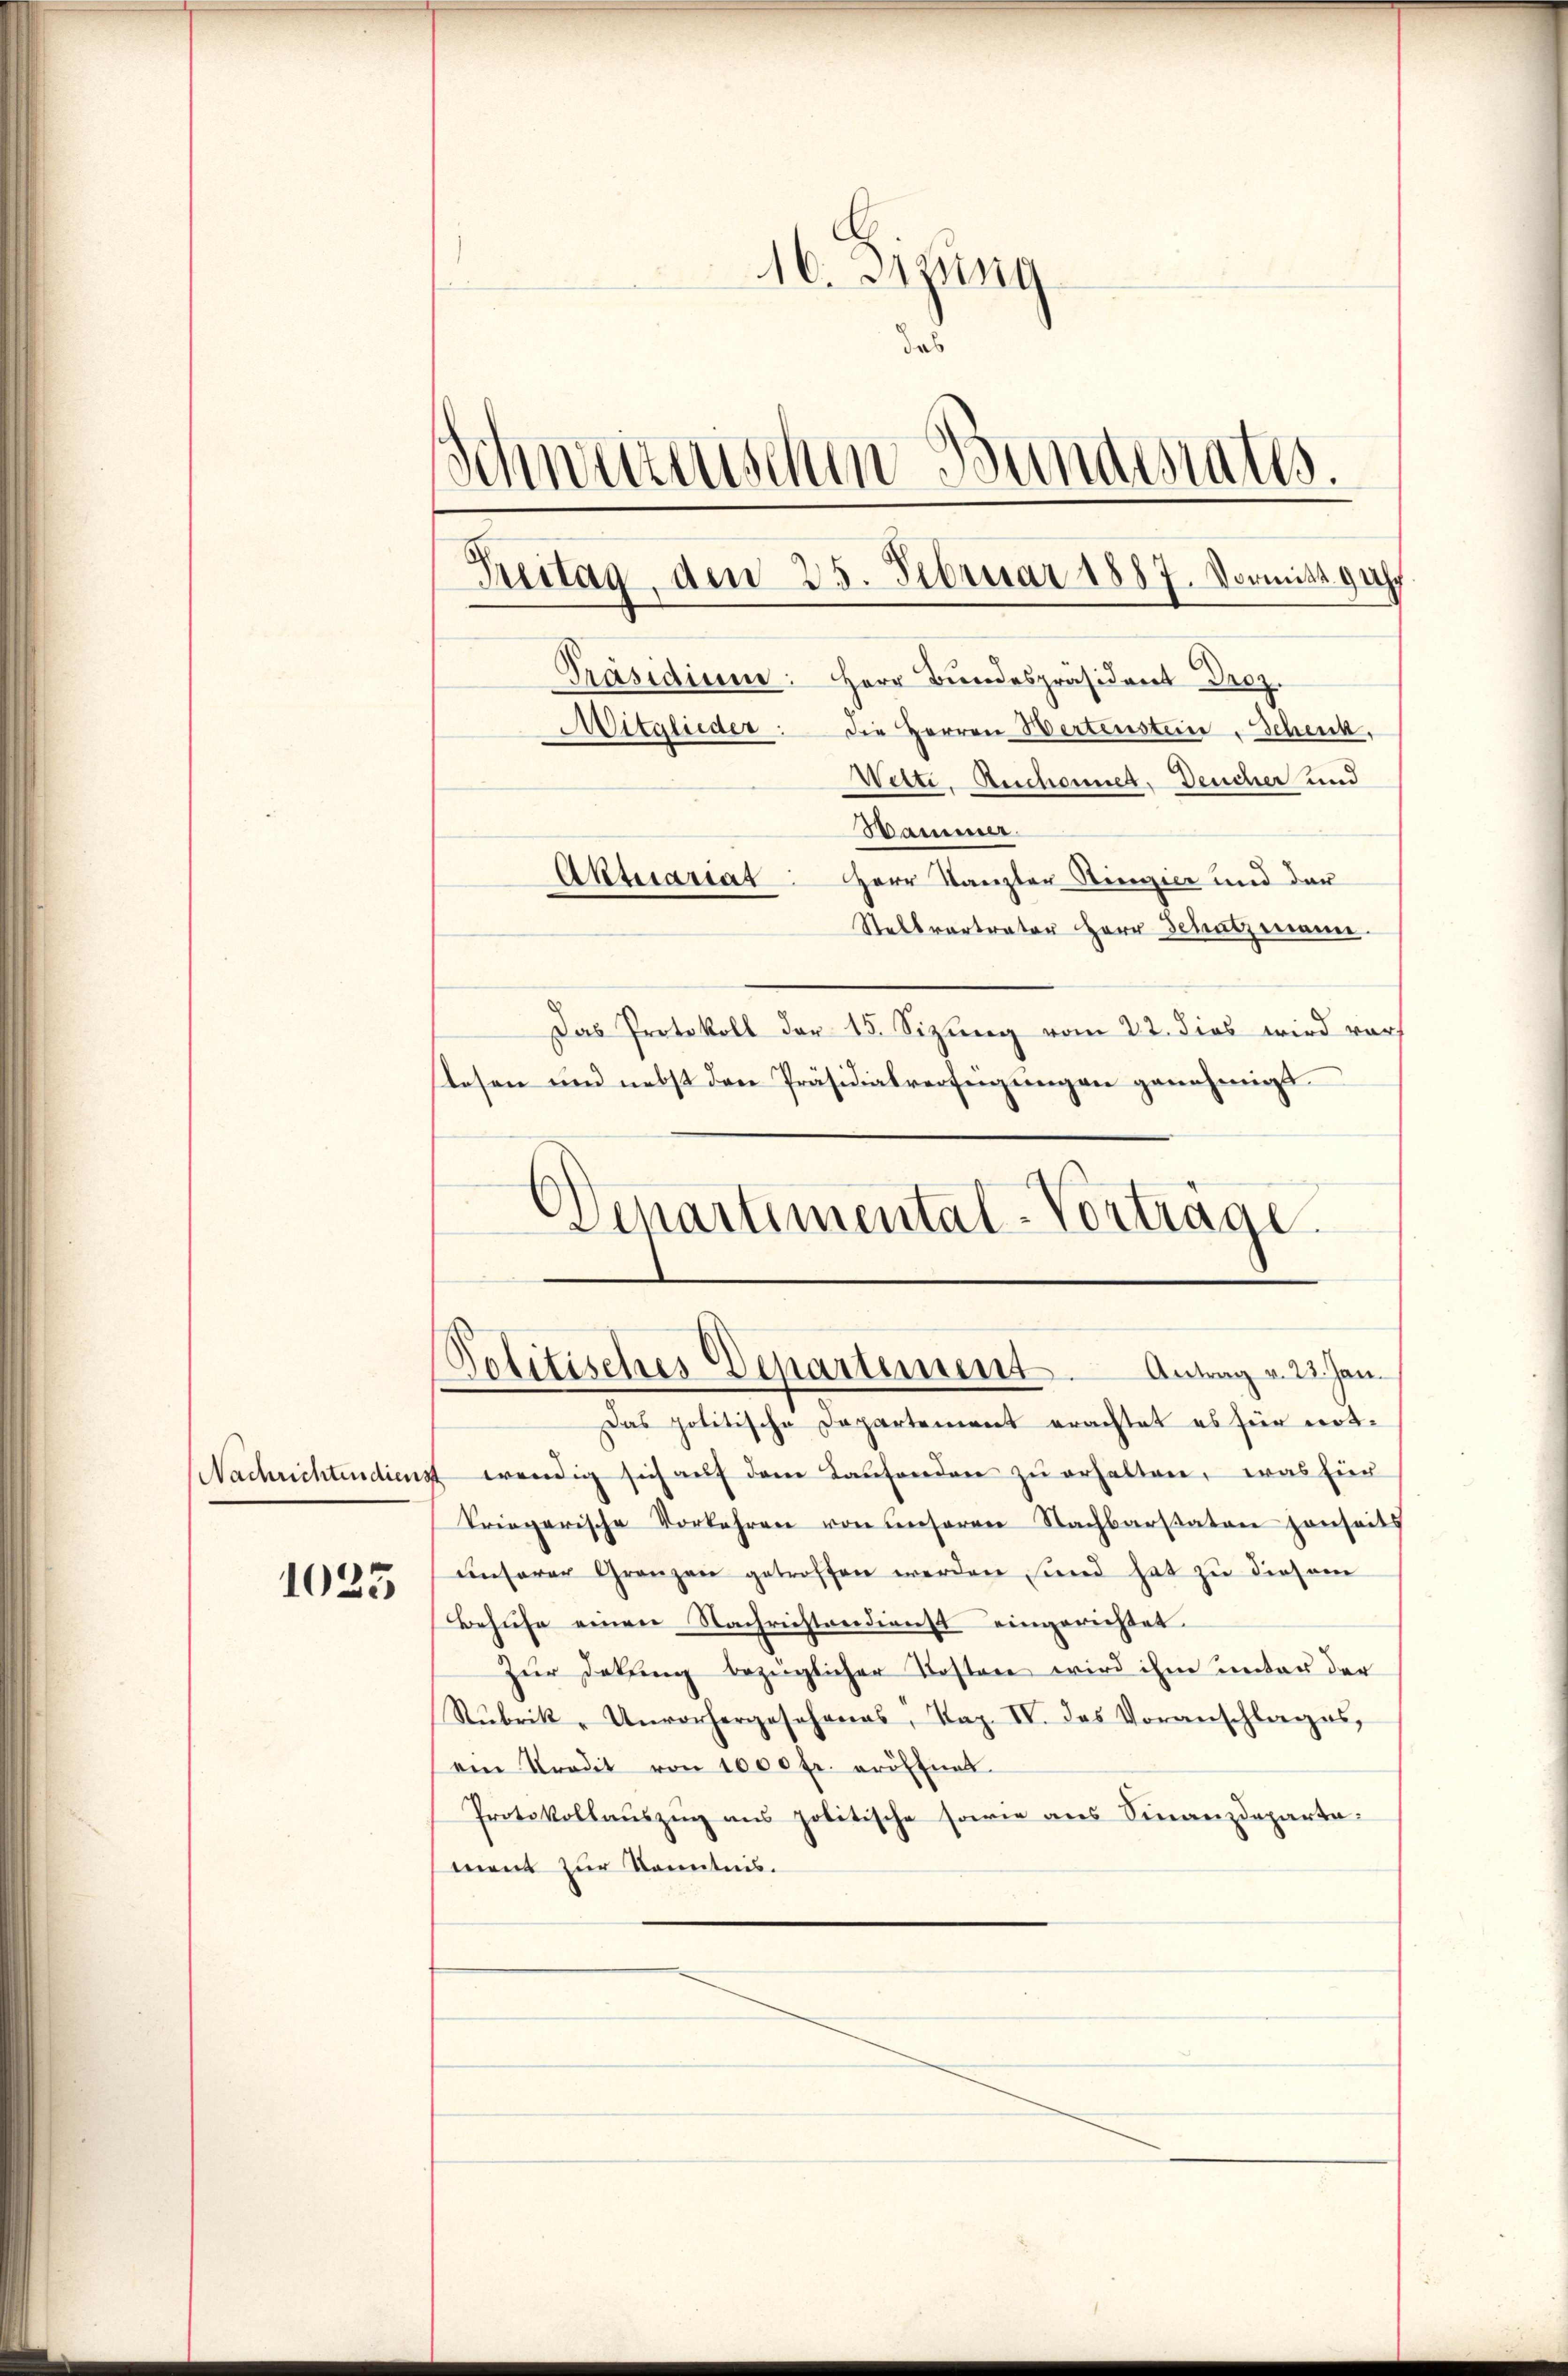
1025

Aktuariat. Herr Kanzler Stimier und der
Stellvertrator Herr Schatzmann.
Das Protokoll der 15. Sizung vom 22. dies wird vors
slosen und nebst den Präsidialverfeigungen genehmigt.
Departimental-Vorträge.

16. Jezung
das
Schweizerischen Bundesrates.
7
Anstag, den 25. Februar 1887. Vormitt gu
Präsidium: Herr Bundespräsident Droz.
Mitglieder: die Herren Wertenstein Schenk,
Wette, Ruchenner, Deucher und
Wammer.

Das politische Departement erachtet es für not-
Nachrichtendienst wendig sich auf dem Laufenden zu erhalten, was für
Triegerische Vorkehren von unseren Nachbarstaten sonseits
ŭnserer Gränzen getroffen werden sind hat zu diesem
Behufe einen Nachrichtendienst eingerichtet.
Zur Dekung bezüglicher Kosten wird ihm unter der
Stŭbrik „Unvorhergesehenes, Tap. IV. das Voranschlages,
ein Kredit von 1000 fr. eröffnet.
Protokollauszug aus politische sowie aus Finanzdepartament zur Kenntnis.

Politisches Departement. Antrag v. 22. Jan.